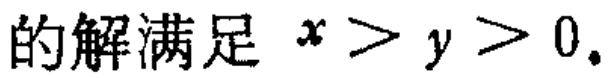
的解满足 \(x > y > 0\)。